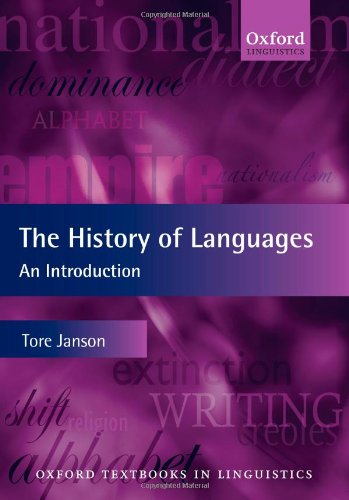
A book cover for The History of Languages: An Introduction (Oxford Textbooks in Linguistics); Tore Janson; Reference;